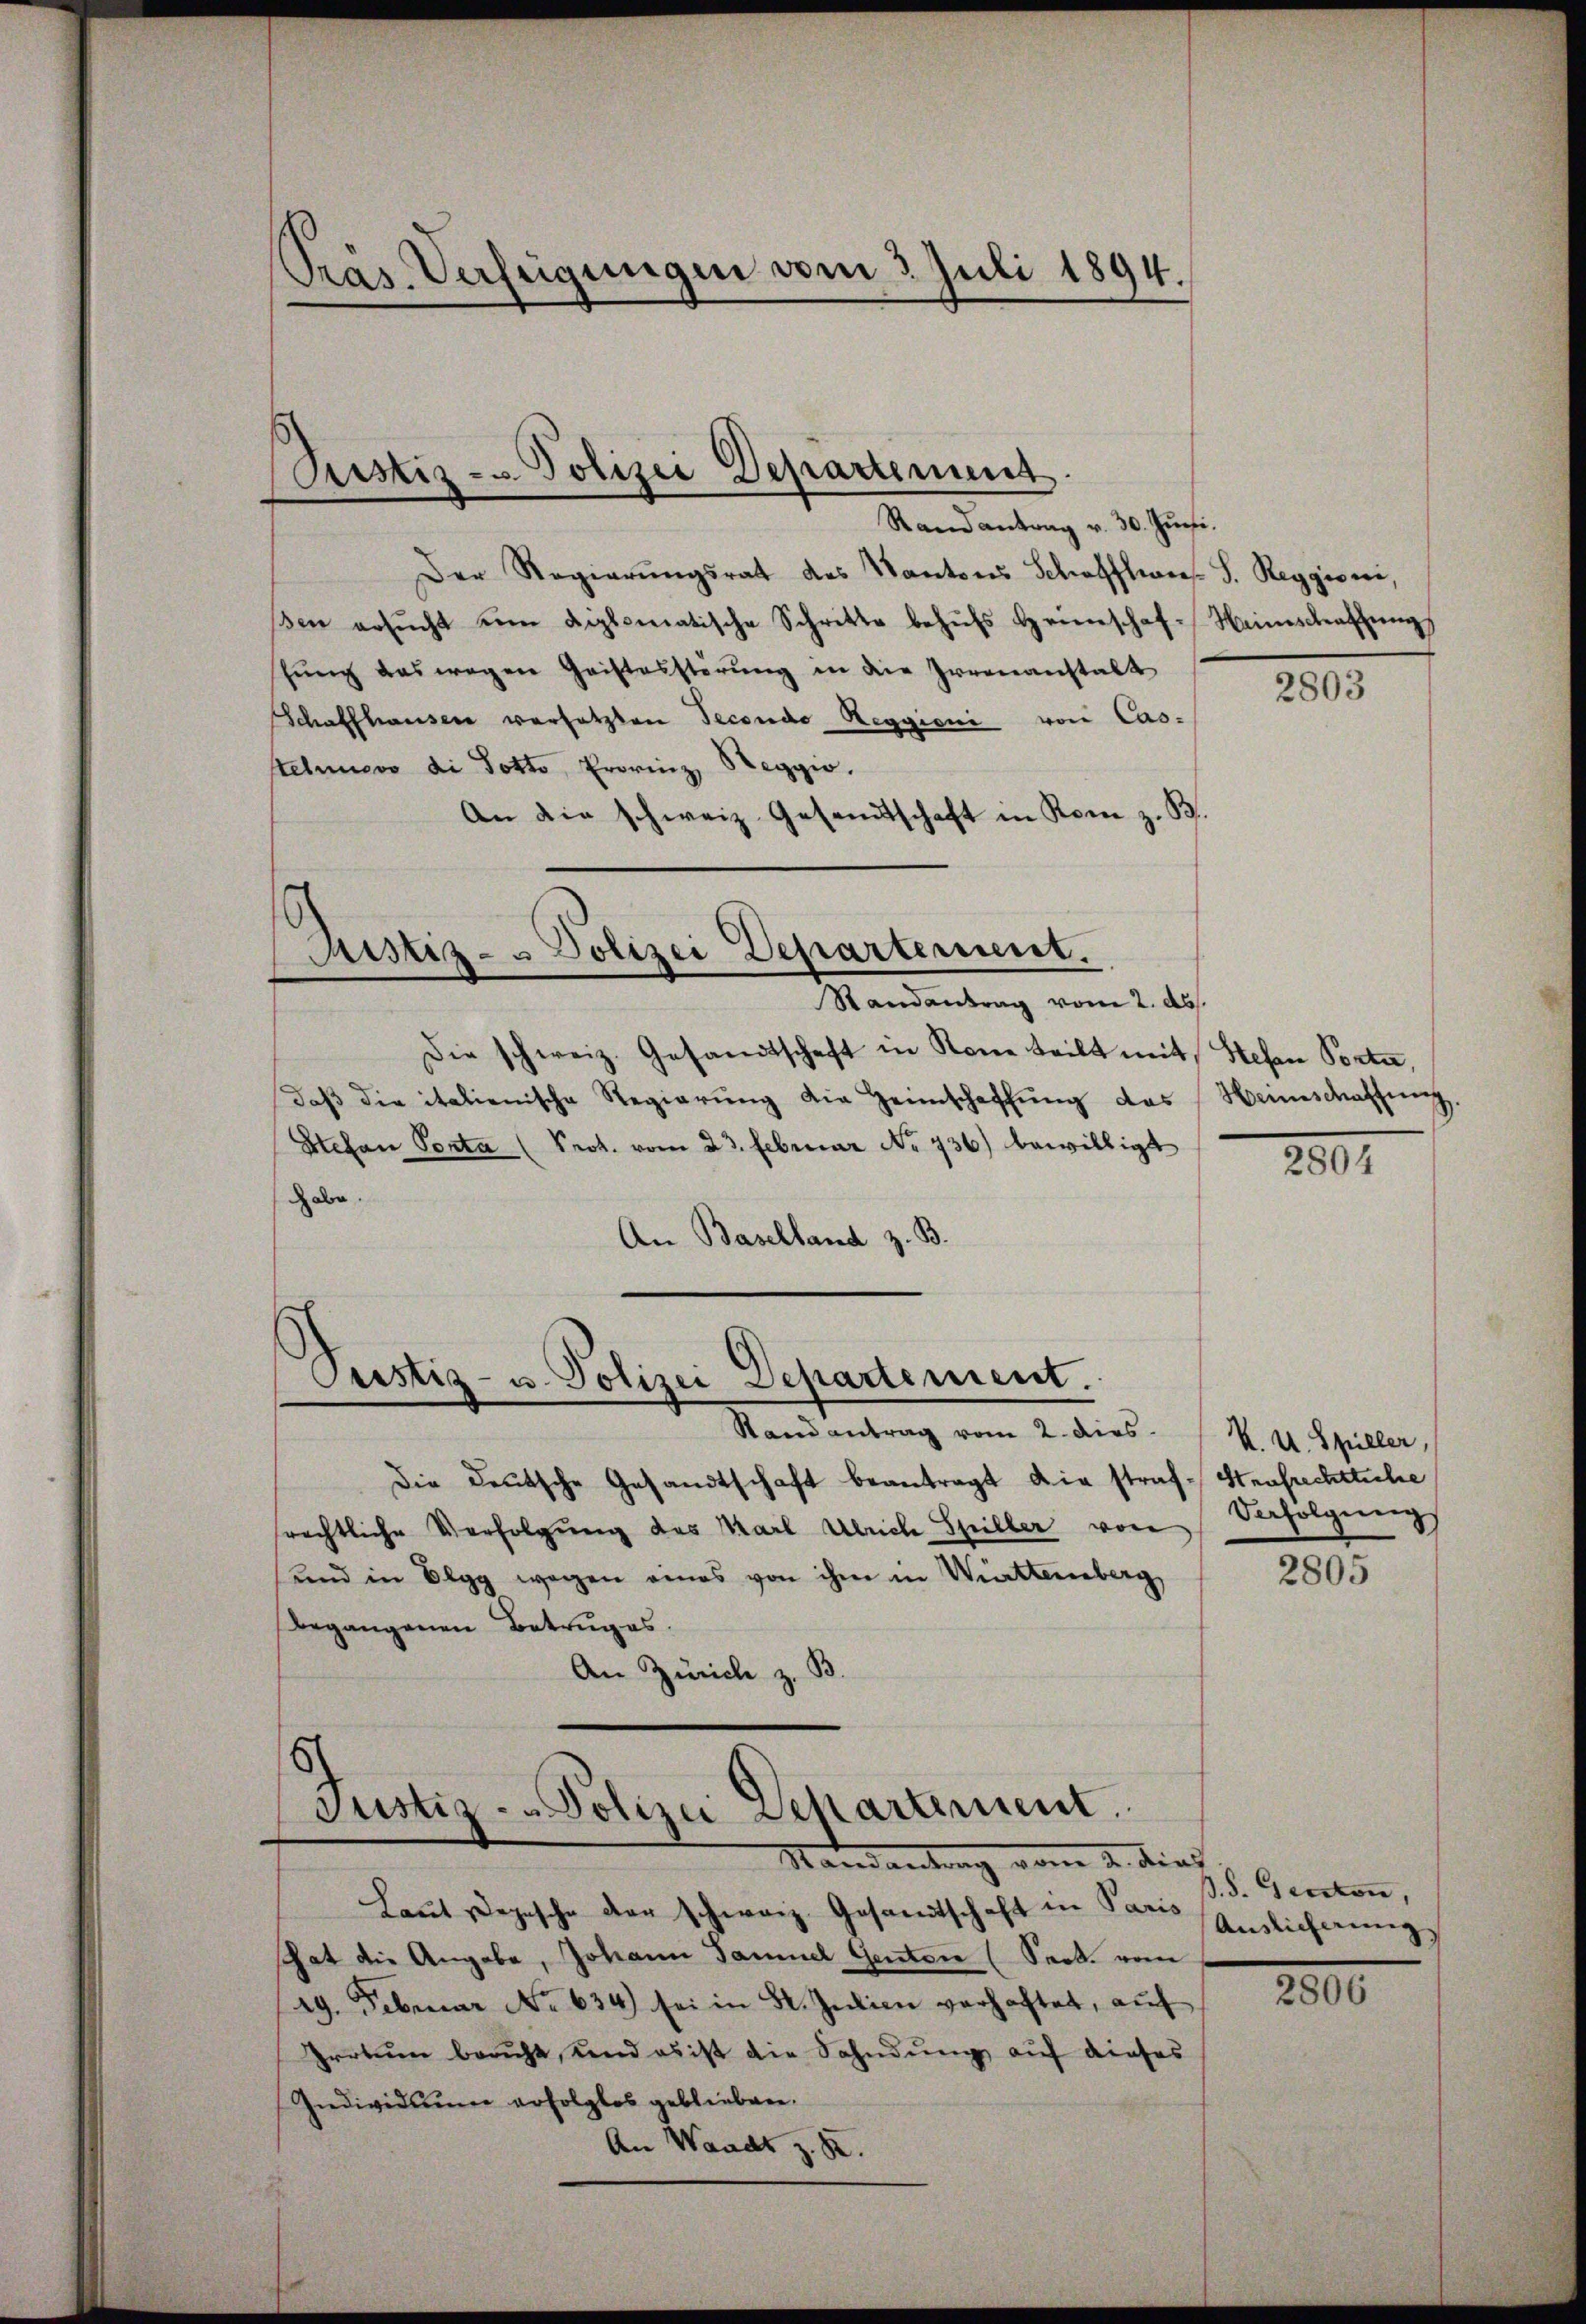
Pras. Verfügungen vom 3. Juli 1894.

Pustiz- u. Polizei Departement
Stand antrag v. 30. Juni.

Der Regierŭngsrat des Kantons Schöfflies. S. Reggiorni,
βen ersŭcht um diplomatische Schritte behŭfs Heimschaf-Weinschaffŭng
hung das wegen Gaistesstörung in die Irrenanstalt
Schaffhauser versetzten Secondo Reggioni von Casstehero di Gott, Provinz Reggio.
An die schweiz. Gesandtschaft in Rom z. B.

Die schweiz. Gesandtschaft in Rone teilt mit Stefan Porte,
daβ die italienische Regierŭng die Heimschaffŭng das Hannschaffung
Stefan Porta (Prot. vom 23. Februar No 736) bewilligt
habe.
An Baselland z. B.

Ristiz- & Polizei Departement.
Randantrag vom 2. Abs.

Peestiz- u. Polizei Departement.

Justiz - - Polizei Departement.

Mandantung vom 2. dies
Laŭt Depesche der schweiz. Gesandtschaft in Paris Endlicherung
hhat die Angabe, Johann Samuel Genten (Sack vom
19. Februar No. 634) sei in St. Intien verhaftet, aŭf
Irrtum baucht, und es ist die Sahndung auf dieses
Individuum erfolglos geblieben.
An Waadt z. B.

Randantrag vom 2. dies   K. u. Spiller,
Die Deutsche Gesandtschaft beantragt die straf Strafrechtliche
rechtliche Verfolgung des Marl Ulriche Spiller von
und in Elgg wegen eines von ihm in Wittenberg
Begangenen Betruges.
An Zürich z. B.

2803

.

2801

Verfolgung

2805

B. 5. Geeston,

2806